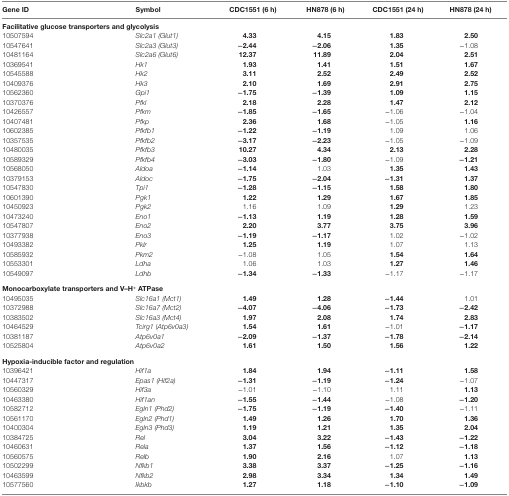
<table><thead><tr><td><b>Gene ID</b></td><td><b>Symbol</b></td><td><b>CDC1551 (6 h)</b></td><td><b>HN878 (6 h)</b></td><td><b>CDC1551 (24 h)</b></td><td><b>HN878 (24 h)</b></td></tr></thead><tbody><tr><td colspan="6"><b>Facilitative glucose transporters and glycolysis</b></td></tr><tr><td>10507594</td><td><i>Slc2a1 (Glut1)</i></td><td><b>4.33</b></td><td><b>4.15</b></td><td><b>1.83</b></td><td><b>2.50</b></td></tr><tr><td>10547641</td><td><i>Slc2a3 (Glut3)</i></td><td><b>−2.44</b></td><td><b>−2.06</b></td><td><b>1.35</b></td><td>−1.08</td></tr><tr><td>10481164</td><td><i>Slc2a6 (Glut6)</i></td><td><b>12.37</b></td><td><b>11.89</b></td><td><b>2.04</b></td><td><b>2.51</b></td></tr><tr><td>10369541</td><td><i>Hk1</i></td><td><b>1.93</b></td><td><b>1.41</b></td><td><b>1.51</b></td><td><b>1.67</b></td></tr><tr><td>10545588</td><td><i>Hk2</i></td><td><b>3.11</b></td><td><b>2.52</b></td><td><b>2.49</b></td><td><b>2.52</b></td></tr><tr><td>10409376</td><td><i>Hk3</i></td><td><b>2.10</b></td><td><b>1.69</b></td><td><b>2.91</b></td><td><b>2.75</b></td></tr><tr><td>10562360</td><td><i>Gpi1</i></td><td><b>−1.75</b></td><td><b>−1.39</b></td><td><b>1.09</b></td><td><b>1.15</b></td></tr><tr><td>10370376</td><td><i>Pfkl</i></td><td><b>2.18</b></td><td><b>2.28</b></td><td><b>1.47</b></td><td><b>2.12</b></td></tr><tr><td>10426557</td><td><i>Pfkm</i></td><td><b>−1.85</b></td><td><b>−1.65</b></td><td>−1.06</td><td>−1.04</td></tr><tr><td>10407481</td><td><i>Pfkp</i></td><td><b>2.36</b></td><td><b>1.68</b></td><td>−1.05</td><td><b>1.16</b></td></tr><tr><td>10602385</td><td><i>Pfkfb1</i></td><td><b>−1.22</b></td><td><b>−1.19</b></td><td>1.09</td><td>1.06</td></tr><tr><td>10357535</td><td><i>Pfkfb2</i></td><td><b>−3.17</b></td><td><b>−2.23</b></td><td>−1.05</td><td>−1.09</td></tr><tr><td>10480035</td><td><i>Pfkfb3</i></td><td><b>10.27</b></td><td><b>4.34</b></td><td><b>2.13</b></td><td><b>2.28</b></td></tr><tr><td>10589329</td><td><i>Pfkfb4</i></td><td><b>−3.03</b></td><td><b>−1.80</b></td><td>−1.09</td><td><b>−1.21</b></td></tr><tr><td>10568050</td><td><i>Aldoa</i></td><td><b>−1.14</b></td><td>1.03</td><td><b>1.35</b></td><td><b>1.43</b></td></tr><tr><td>10379153</td><td><i>Aldoc</i></td><td><b>−1.75</b></td><td><b>−2.04</b></td><td><b>−1.31</b></td><td><b>1.37</b></td></tr><tr><td>10547830</td><td><i>Tpi1</i></td><td><b>−1.28</b></td><td><b>−1.15</b></td><td><b>1.58</b></td><td><b>1.80</b></td></tr><tr><td>10601390</td><td><i>Pgk1</i></td><td><b>1.22</b></td><td><b>1.29</b></td><td><b>1.67</b></td><td><b>1.85</b></td></tr><tr><td>10450923</td><td><i>Pgk2</i></td><td>1.16</td><td>1.09</td><td><b>1.29</b></td><td>1.23</td></tr><tr><td>10473240</td><td><i>Eno1</i></td><td><b>−1.13</b></td><td><b>1.19</b></td><td><b>1.28</b></td><td><b>1.59</b></td></tr><tr><td>10547807</td><td><i>Eno2</i></td><td><b>2.20</b></td><td><b>3.77</b></td><td><b>3.75</b></td><td><b>3.96</b></td></tr><tr><td>10377938</td><td><i>Eno3</i></td><td><b>−1.19</b></td><td><b>−1.17</b></td><td>1.02</td><td>−1.02</td></tr><tr><td>10493382</td><td><i>Pklr</i></td><td><b>1.25</b></td><td><b>1.19</b></td><td>1.07</td><td>1.13</td></tr><tr><td>10585932</td><td><i>Pkm2</i></td><td>−1.08</td><td>1.05</td><td><b>1.54</b></td><td><b>1.64</b></td></tr><tr><td>10553301</td><td><i>Ldha</i></td><td>1.06</td><td>1.03</td><td><b>1.27</b></td><td><b>1.46</b></td></tr><tr><td>10549097</td><td><i>Ldhb</i></td><td><b>−1.34</b></td><td><b>−1.33</b></td><td>−1.17</td><td>−1.17</td></tr><tr><td colspan="6"><b>Monocarboxylate transporters and V–H<sup>+</sup> ATPase</b></td></tr><tr><td>10495035</td><td><i>Slc16a1 (Mct1)</i></td><td><b>1.49</b></td><td><b>1.28</b></td><td><b>−1.44</b></td><td>1.01</td></tr><tr><td>10372988</td><td><i>Slc16a7 (Mct2)</i></td><td><b>−4.07</b></td><td><b>−4.06</b></td><td><b>−1.73</b></td><td><b>−2.42</b></td></tr><tr><td>10383502</td><td><i>Slc16a3 (Mct4)</i></td><td><b>1.97</b></td><td><b>2.08</b></td><td><b>1.74</b></td><td><b>2.83</b></td></tr><tr><td>10464529</td><td><i>Tcirg1</i> (<i>Atp6v0a3)</i></td><td><b>1.54</b></td><td><b>1.61</b></td><td>−1.01</td><td><b>−1.17</b></td></tr><tr><td>10381187</td><td><i>Atp6v0a1</i></td><td><b>−2.09</b></td><td><b>−1.37</b></td><td><b>−1.78</b></td><td><b>−2.14</b></td></tr><tr><td>10525804</td><td><i>Atp6v0a2</i></td><td><b>1.61</b></td><td><b>1.50</b></td><td><b>1.56</b></td><td><b>1.22</b></td></tr><tr><td colspan="6"><b>Hypoxia-inducible factor and regulation</b></td></tr><tr><td>10396421</td><td><i>Hif1a</i></td><td><b>1.84</b></td><td><b>1.94</b></td><td><b>−1.11</b></td><td><b>1.58</b></td></tr><tr><td>10447317</td><td><i>Epas1 (Hif2a)</i></td><td><b>−1.31</b></td><td><b>−1.19</b></td><td><b>−1.24</b></td><td>−1.07</td></tr><tr><td>10560329</td><td><i>Hif3a</i></td><td>−1.01</td><td>−1.10</td><td>1.11</td><td><b>1.13</b></td></tr><tr><td>10463380</td><td><i>Hif1an</i></td><td><b>−1.55</b></td><td><b>−1.44</b></td><td>−1.08</td><td><b>−1.20</b></td></tr><tr><td>10582712</td><td><i>Egln1 (Phd2)</i></td><td><b>−1.75</b></td><td><b>−1.19</b></td><td><b>−1.40</b></td><td>−1.11</td></tr><tr><td>10561170</td><td><i>Egln2 (Phd1)</i></td><td><b>1.49</b></td><td><b>1.26</b></td><td><b>1.70</b></td><td><b>1.36</b></td></tr><tr><td>10400304</td><td><i>Egln3 (Phd3)</i></td><td><b>1.19</b></td><td><b>1.21</b></td><td><b>1.35</b></td><td><b>2.04</b></td></tr><tr><td>10384725</td><td><i>Rel</i></td><td><b>3.04</b></td><td><b>3.22</b></td><td><b>−1.43</b></td><td><b>−1.22</b></td></tr><tr><td>10460631</td><td><i>Rela</i></td><td><b>1.37</b></td><td><b>1.56</b></td><td><b>−1.12</b></td><td><b>−1.18</b></td></tr><tr><td>10560575</td><td><i>Relb</i></td><td><b>1.90</b></td><td><b>2.16</b></td><td>1.07</td><td><b>1.13</b></td></tr><tr><td>10502299</td><td><i>Nfkb1</i></td><td><b>3.38</b></td><td><b>3.37</b></td><td><b>−1.25</b></td><td><b>−1.16</b></td></tr><tr><td>10463599</td><td><i>Nfkb2</i></td><td><b>2.98</b></td><td><b>3.34</b></td><td><b>1.34</b></td><td><b>1.49</b></td></tr><tr><td>10577560</td><td><i>Ikbkb</i></td><td><b>1.27</b></td><td><b>1.18</b></td><td><b>−1.10</b></td><td><b>−1.09</b></td></tr></tbody></table>